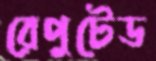
রেপুটেড